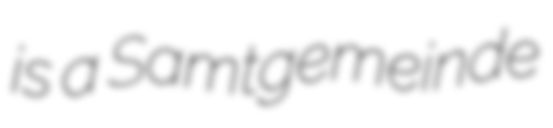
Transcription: is a Samtgemeinde